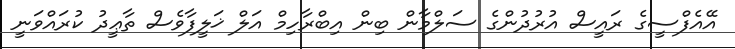
އޭއެފްސީގެ ރައީސް އުރުދުންގެ ސަލްމާން ބިން އިބްރާހިމް އަލް ޚަލީފާވެސް ތާޢީދު ކުރައްވަނީ